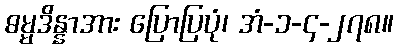
ဓမ္မဒိန္နာအား ပြောပြပုံ၊ အံ-၁-၄-၂၇၈။